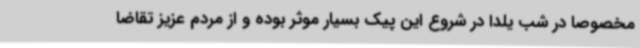
مخصوصا در شب یلدا در شروع این پیک بسیار موثر بوده و از مردم عزیز تقاضا